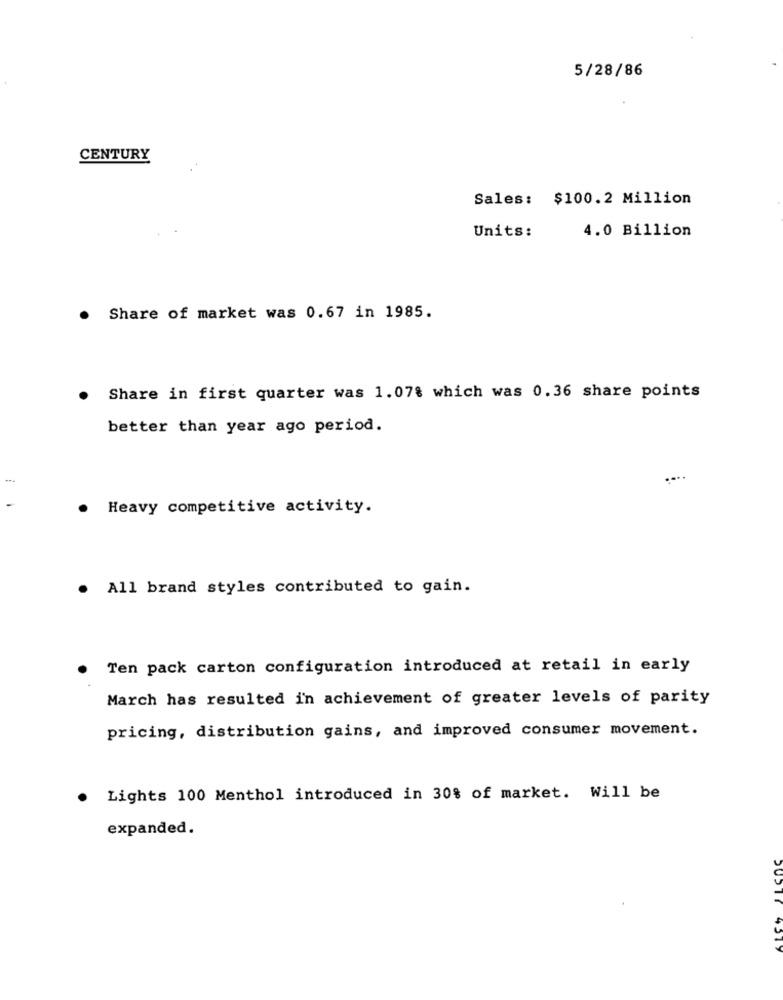
5/28/86
CENTURY
Sales: $100.2 Million
Units:
4.0 Billion
Share of market was 0.67 in 1985.
Share in first quarter was 1.078 which was 0.36 share points
better than year ago period.
Heavy competitive activity.
. All brand styles contributed to gain.
Ten pack carton configuration introduced at retail in early
March has resulted in achievement of greater levels of parity
pricing, distribution gains, and improved consumer movement.
Lights 100 Menthol introduced in 30% of market. Will be
expanded.
4517